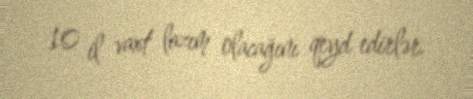
10 il vaxt lazım olacağını qeyd edirlər.